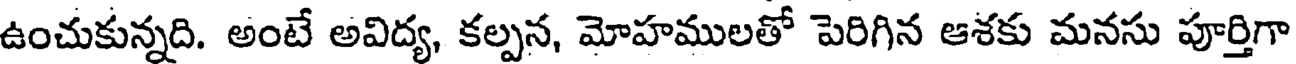
ఉంచుకున్నది. అంటే అవిద్య, కల్పన, మోహములతో పెరిగిన ఆశకు మనసు పూర్తిగా